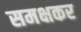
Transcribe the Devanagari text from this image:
समक्षकर